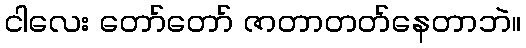
ငါလေး တော်တော် ဇာတာတတ်နေတာဘဲ။